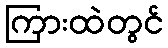
ကြားထဲတွင်